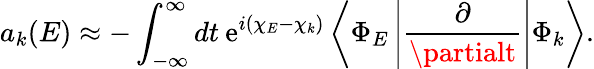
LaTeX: a_{k}(E)\approx-\int_{-\infty}^{\infty}dt\: \mathrm{e}^{i(\chi_{E}-\chi_{k})}\left<\Phi_{E}\left|\frac{{\partial}}{{\partialt}}\right|\Phi_{k}\right>.